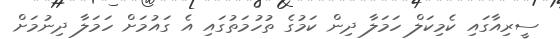
ސީރިއާގައި ކެމިކަލް ހަމަލާ ދިން ކަމުގެ ތުހުމަތުގައި އެ ގައުމަށް ހަމަލާ ދިނުމަށް